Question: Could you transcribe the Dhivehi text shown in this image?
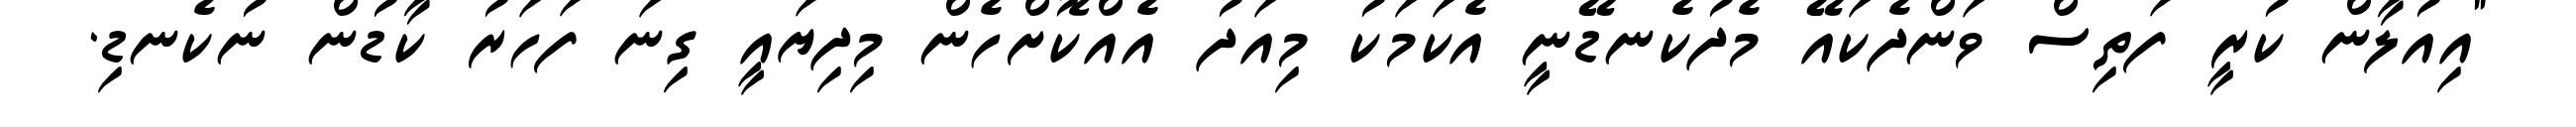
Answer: "އިއުލާން ކުރީ ފަތިސް ވަންދެކައޭ މެދުކެނޑޭނީ އެކަމަކު މިއަދު އެއްކޮށްހެން މިދިޔައީ ގިނަ ފަހަރު ކާޑުން ނުކެނޑި.